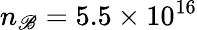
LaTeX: n_{\mathscr{B}}=5.5\times10^{16}